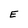
Character: E